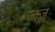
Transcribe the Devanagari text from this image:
ज्क्ज